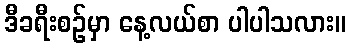
ဒီခရီးစဉ်မှာ နေ့လယ်စာ ပါပါသလား။